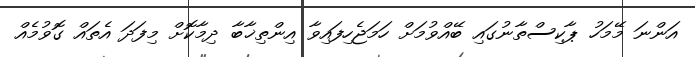
އަންނަ މޭމަހު ޕާކިސްތާނުގައި ބޭއްވުމަށް ހަމަޖެހިފައިވާ އިންތިޚާބާ ދިމާކޮށް މިފަދަ އެތައް ގޮވުމެއް